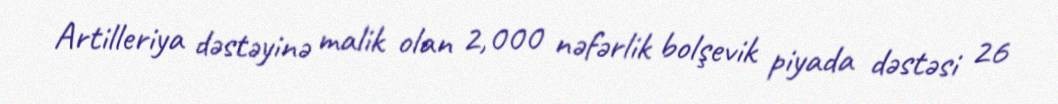
Artilleriya dəstəyinə malik olan 2,000 nəfərlik bolşevik piyada dəstəsi 26